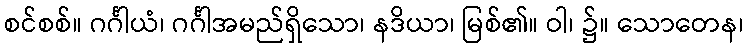
စင်စစ်။ ဂင်္ဂါယံ၊ ဂင်္ဂါအမည်ရှိသော၊ နဒိယာ၊ မြစ်၏။ ဝါ၊ ၌။ သောတေန၊